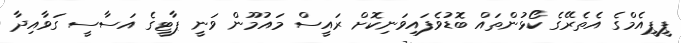
ޕީޕީއެމްގެ އެތެރޭގެ ކޯޅުންތައް ބޮޑުވެފައިވަނިކޮށް ރައީސް މައުމޫން ވަނީ ޕާޓީގެ އަސާސީ ގަވާއިދާ